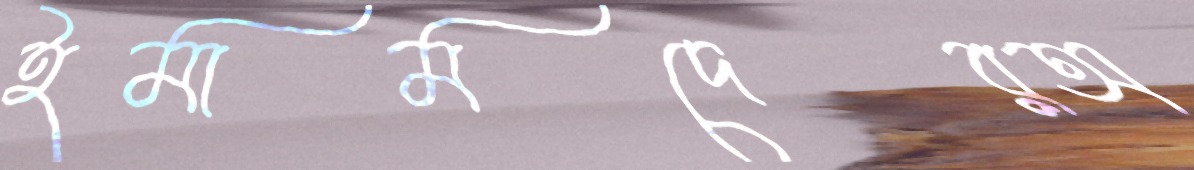
ইমামদেরঅ